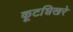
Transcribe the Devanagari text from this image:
कूटशिखरे